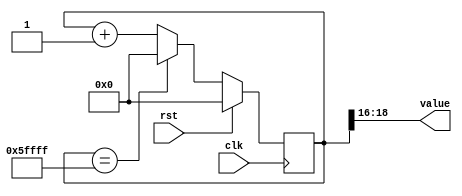
/*
   This file was generated automatically by the Mojo IDE version B1.3.6.
   Do not edit this file directly. Instead edit the original Lucid source.
   This is a temporary file and any changes made to it will be destroyed.
*/

/*
   Parameters:
     SIZE = DIGIT_BITS
     DIV = DIV
     TOP = DIGITS-1
     UP = 1
*/
module counter_25 (
    input clk,
    input rst,
    output reg [2:0] value
  );
  
  localparam SIZE = 2'h3;
  localparam DIV = 5'h10;
  localparam TOP = 4'h5;
  localparam UP = 1'h1;
  
  
  reg [18:0] M_ctr_d, M_ctr_q = 1'h0;
  
  localparam MAX_VALUE = 20'h5ffff;
  
  always @* begin
    M_ctr_d = M_ctr_q;
    
    value = M_ctr_q[16+2-:3];
    if (1'h1) begin
      M_ctr_d = M_ctr_q + 1'h1;
      if (1'h1 && M_ctr_q == 20'h5ffff) begin
        M_ctr_d = 1'h0;
      end
    end else begin
      M_ctr_d = M_ctr_q - 1'h1;
      if (1'h1 && M_ctr_q == 1'h0) begin
        M_ctr_d = 20'h5ffff;
      end
    end
  end
  
  always @(posedge clk) begin
    if (rst == 1'b1) begin
      M_ctr_q <= 1'h0;
    end else begin
      M_ctr_q <= M_ctr_d;
    end
  end
  
endmodule